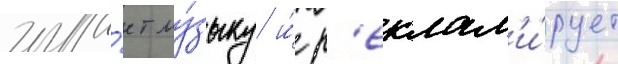
игра́ет му́зыку и́ р'еклам'и́рует